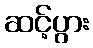
ဆင့်ပွား